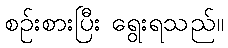
စဉ်းစားပြီး ရွေးရသည်။